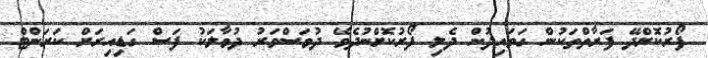
ފޯރުކޮށްދޭ ފަރާތްތަކުން ގަވައިދުން ދެލި ފޯރުކޮށްނުދެވޭ ދުވަސްވަރު ދުވާލަކު ފަސް ގަޑިއިރަށް ކަރަންޓް